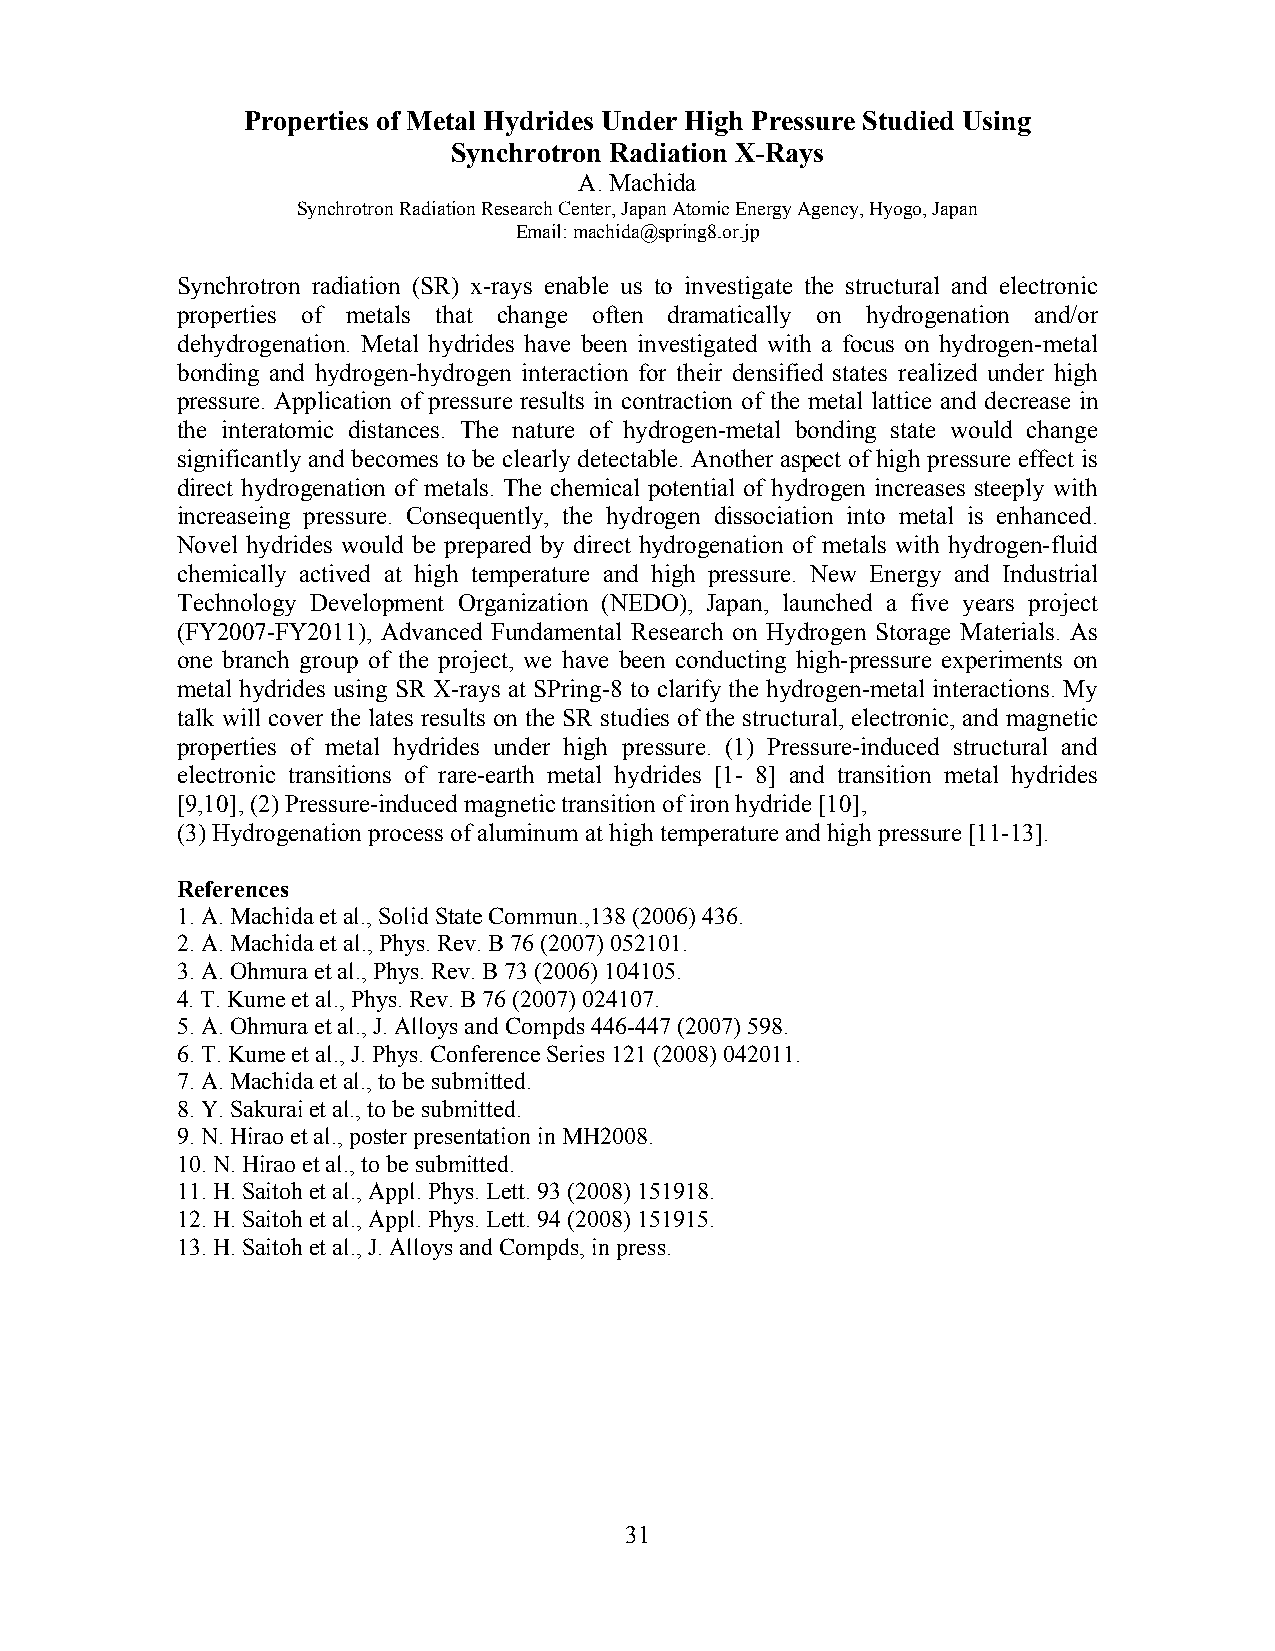
Properties of Metal Hydrides Under High Pressure Studied Using
 Synchrotron Radiation X-Rays
 A. Machida
 Synchrotron Radiation Research Center, Japan Atomic Energy Agency, Hyogo, Japan
 Email: machida@spring8.or.jp
 Synchrotron radiation (SR) x-rays enable us to investigate the structural and electronic
 properties of metals that change often dramatically on hydrogenation and/or
 dehydrogenation. Metal hydrides have been investigated with a focus on hydrogen-metal
 bonding and hydrogen-hydrogen interaction for their densified states realized under high
 pressure. Application of pressure results in contraction of the metal lattice and decrease in
 the interatomic distances. The nature of hydrogen-metal bonding state would change
 significantly and becomes to be clearly detectable. Another aspect of high pressure effect is
 direct hydrogenation of metals. The chemical potential of hydrogen increases steeply with
 increaseing pressure. Consequently, the hydrogen dissociation into metal is enhanced.
 Novel hydrides would be prepared by direct hydrogenation of metals with hydrogen-fluid
 chemically actived at high temperature and high pressure. New Energy and Industrial
 Technology Development Organization (NEDO), Japan, launched a five years project
 (FY2007-FY2011), Advanced Fundamental Research on Hydrogen Storage Materials. As
 one branch group of the project, we have been conducting high-pressure experiments on
 metal hydrides using SR X-rays at SPring-8 to clarify the hydrogen-metal interactions. My
 talk will cover the lates results on the SR studies of the structural, electronic, and magnetic
 properties of metal hydrides under high pressure. (1) Pressure-induced structural and
 electronic transitions of rare-earth metal hydrides [1- 8] and transition metal hydrides
 [9,10], (2) Pressure-induced magnetic transition of iron hydride [10],
 (3) Hydrogenation process of aluminum at high temperature and high pressure [11-13].
 References
 1. A. Machida et al., Solid State Commun.,138 (2006) 436.
 2. A. Machida et al., Phys. Rev. B 76 (2007) 052101.
 3. A. Ohmura et al., Phys. Rev. B 73 (2006) 104105.
 4. T. Kume et al., Phys. Rev. B 76 (2007) 024107.
 5. A. Ohmura et al., J. Alloys and Compds 446-447 (2007) 598.
 6. T. Kume et al., J. Phys. Conference Series 121 (2008) 042011.
 7. A. Machida et al., to be submitted.
 8. Y. Sakurai et al., to be submitted.
 9. N. Hirao et al., poster presentation in MH2008.
 10. N. Hirao et al., to be submitted.
 11. H. Saitoh et al., Appl. Phys. Lett. 93 (2008) 151918.
 12. H. Saitoh et al., Appl. Phys. Lett. 94 (2008) 151915.
 13. H. Saitoh et al., J. Alloys and Compds, in press.
 31